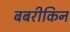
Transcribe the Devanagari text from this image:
बबरीकिन